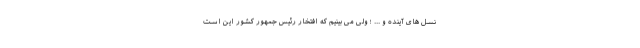
نسل های آینده و ... ؛ ولی می بینیم که افتخار رئیس جمهور کشور این است